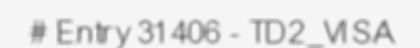
# Entry 31406 - TD2_VISA